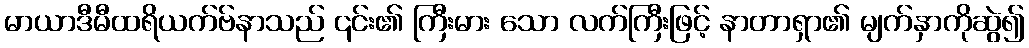
မာယာဒီမီထရိယက်ဗ်နာသည် ၎င်း၏ ကြီးမား သော လက်ကြီးဖြင့် နာတာရှာ၏ မျက်နှာကိုဆွဲ၍